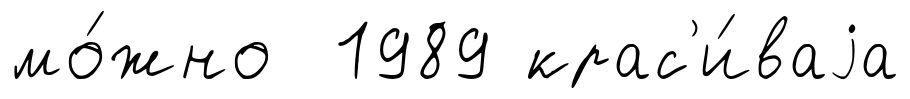
мо́жно 1989 крас'и́ваjа